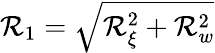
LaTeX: \mathcal{R}_{1}=\sqrt{\mathcal{R}_{\xi}^{2}+\mathcal{R}_{w}^{2}}